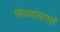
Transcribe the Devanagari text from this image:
गोळ्यांसारखे